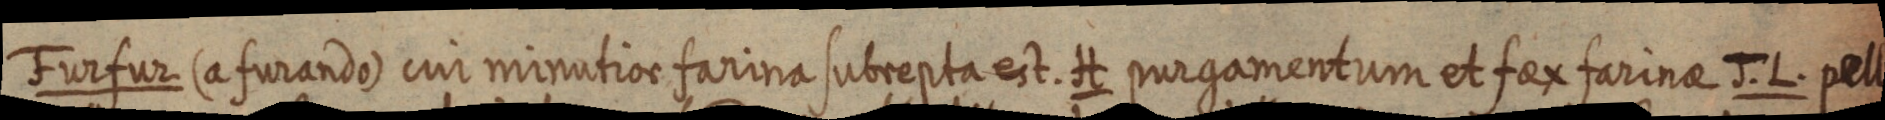
Furfur (a furando) cui minutior farina subrepta est. H purgamentum et fax farinae J.L. pelli